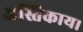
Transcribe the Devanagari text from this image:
अस्तिकाय।